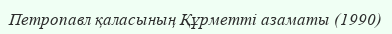
Петропавл қаласының Құрметті азаматы (1990)